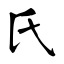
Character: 氏